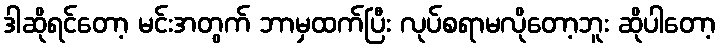
ဒါဆိုရင်တော့ မင်းအတွက် ဘာမှထက်ပြီး လုပ်စရာမလိုတော့ဘူး ဆိုပါတော့